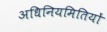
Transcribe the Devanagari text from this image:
अधिनियमितियों